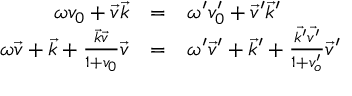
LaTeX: \begin{array} { r c l } { { \omega v _ { 0 } + \vec { v } \vec { k } } } & { { = } } & { { \omega ^ { \prime } v _ { 0 } ^ { \prime } + \vec { v } ^ { \prime } \vec { k } ^ { \prime } } } \\ { { \omega \vec { v } + \vec { k } + \frac { \vec { k } \vec { v } } { 1 + v _ { 0 } } \vec { v } } } & { { = } } & { { \omega ^ { \prime } \vec { v } ^ { \prime } + \vec { k } ^ { \prime } + \frac { \vec { k ^ { \prime } } \vec { v ^ { \prime } } } { 1 + v _ { o } ^ { \prime } } \vec { v } ^ { \prime } } } \end{array}